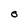
Character: O